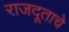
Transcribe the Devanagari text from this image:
राजदूताचे